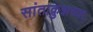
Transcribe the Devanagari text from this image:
सांताक्रुझच्या